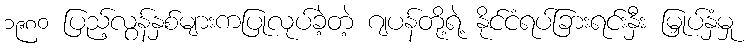
၁၉၈၀ ပြည့်လွန်နှစ်များကပြုလုပ်ခဲ့တဲ့ ဂျပန်တို့ရဲ့ နိုင်ငံရပ်ခြားရင်းနှီး မြှုပ်နှံမှု